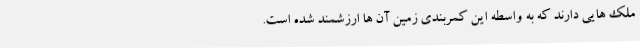
ملک هایی دارند که به واسطه این کمربندی زمین آن ها ارزشمند شده است.